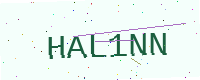
Text: HAL1NN